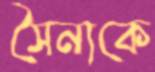
সৈন্যকে